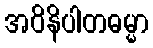
အဝိနိပါတဓမ္မာ